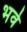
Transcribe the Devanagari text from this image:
भवे